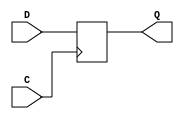
module d_latch (
    input D,
    input C,
    output reg Q
);

always @ (posedge C)
begin
    if (C == 1'b1)
        Q <= D;
end

endmodule